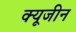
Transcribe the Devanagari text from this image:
क्यूजीन